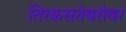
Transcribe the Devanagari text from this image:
तिरकसतेबरोबर